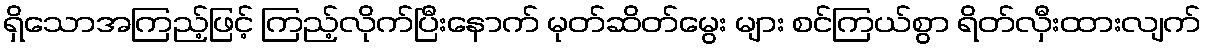
ရှိသောအကြည့်ဖြင့် ကြည့်လိုက်ပြီးနောက် မုတ်ဆိတ်မွေး များ စင်ကြယ်စွာ ရိတ်လှီးထားလျက်